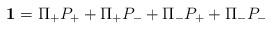
LaTeX: \begin{align*}{\bf 1} = \Pi_+ P_+ + \Pi_+ P_- + \Pi_- P_+ + \Pi_- P_-\end{align*}